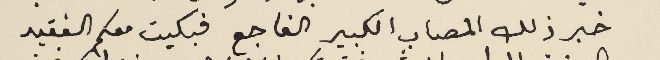
خبر ذلك المصاب الكبير الفاجع فبكيت معكم الفقيد